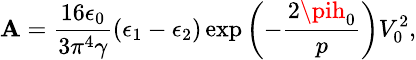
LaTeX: \small\mathbf{A}=\frac{{16\epsilon_{0}}}{{3\pi^{4}\gamma}}(\epsilon_{1}-\epsilon_{2})\exp\left(-\frac{{2\pih_{0}}}{{p}}\right)V_{0}^{2},